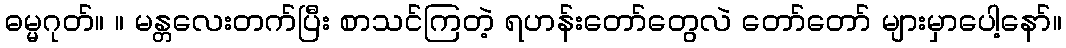
ဓမ္မဂုတ်။ ။ မန္တလေးတက်ပြီး စာသင်ကြတဲ့ ရဟန်းတော်တွေလဲ တော်တော် များမှာပေါ့နော်။